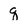
Character: q